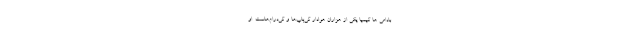
بادامی ها کیمیا یکی از هزاران هوادار کی‌پاپ‌ها و کی‌درام‌هاست. او